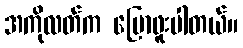
အကိုလတ်က ပြောဖူးပါတယ်။